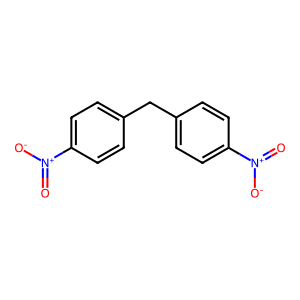
SMILES: O=[N+]([O-])c1ccc(Cc2ccc([N+](=O)[O-])cc2)cc1
Inhibits HIV replication: No